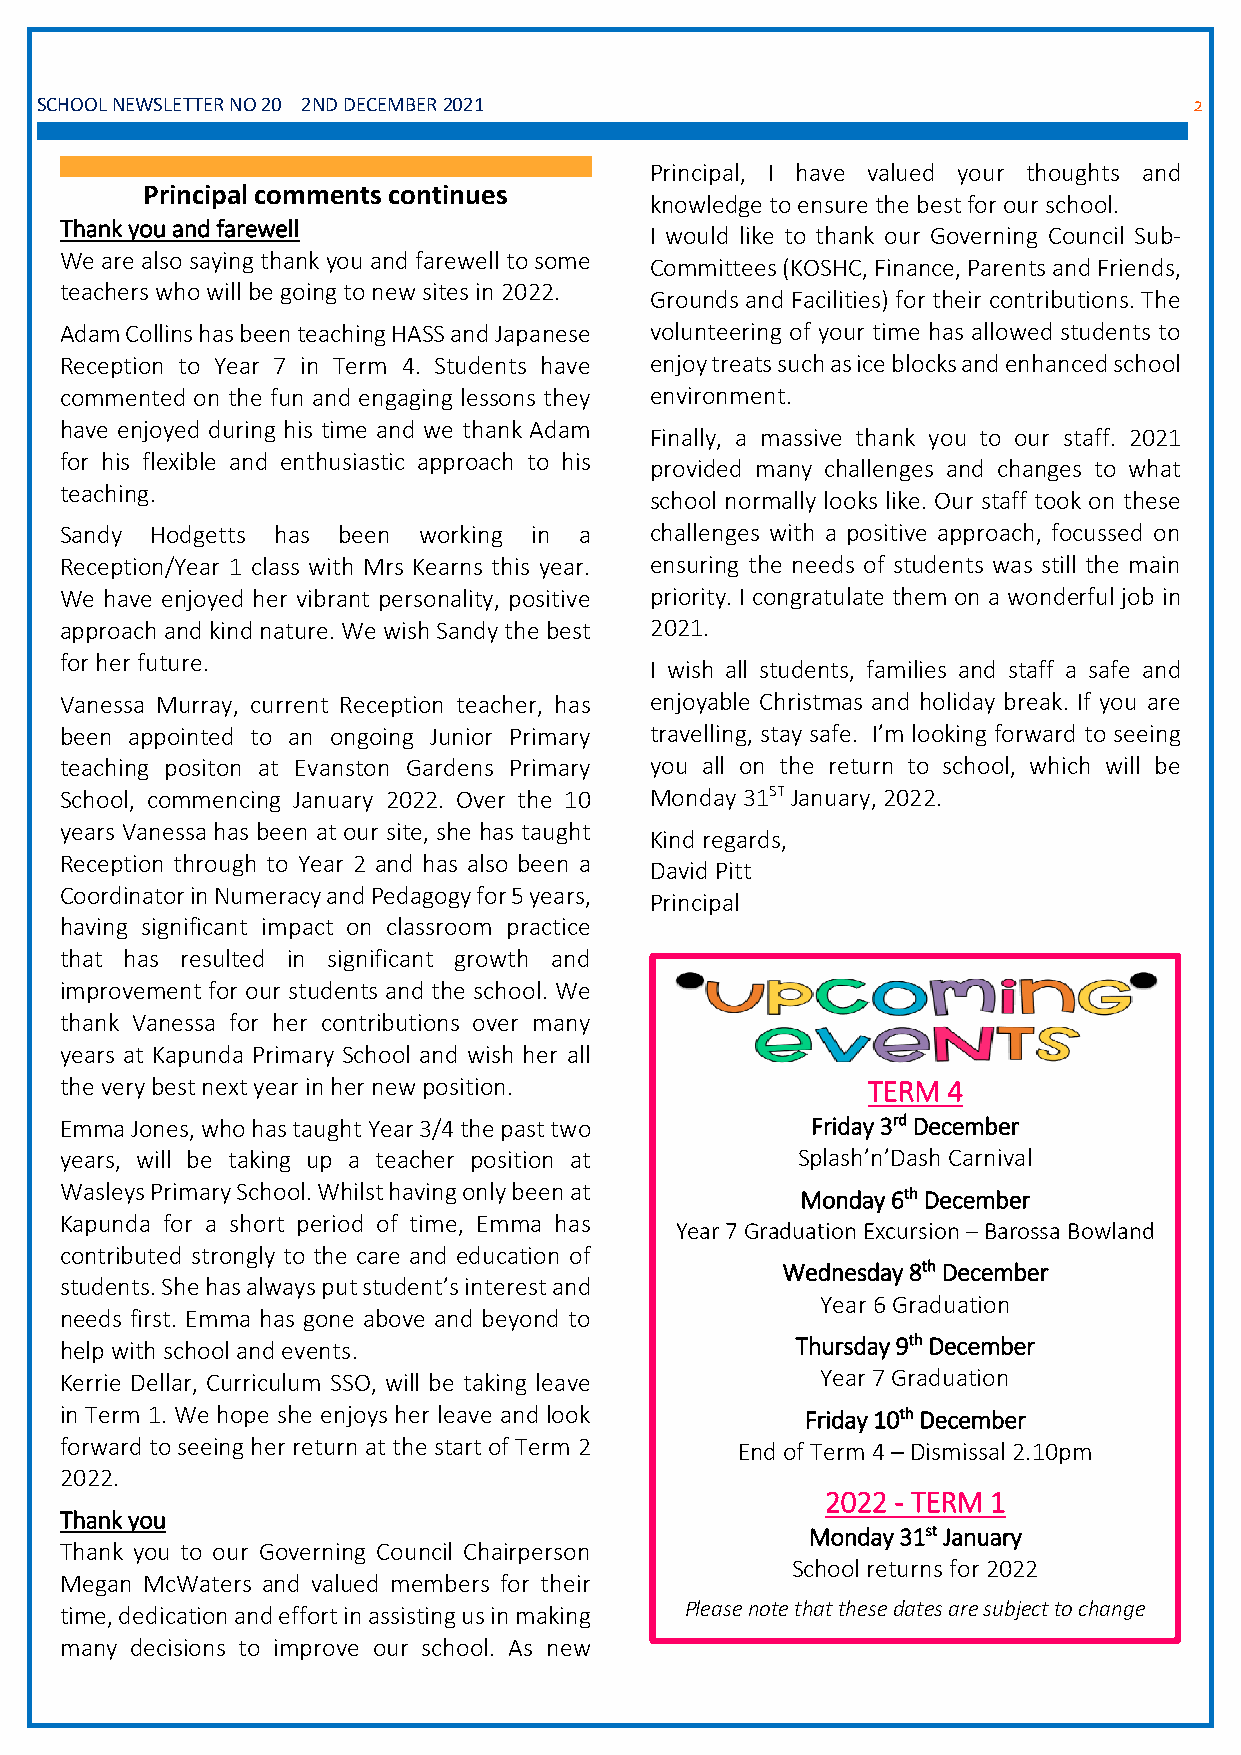
SCHOOL NEWSLETTER NO 20 2ND DECEMBER 2021 Issu                               2
 Principal, I have valued your thoughts and
 Principal comments continues
 knowledge to ensure the best for our school.
 Thank you and farewell
 I would like to thank our Governing Council Sub-
 We are also saying thank you and farewell to some
 Committees (KOSHC, Finance, Parents and Friends,
 teachers who will be going to new sites in 2022.
 Grounds and Facilities) for their contributions. The
 Adam Collins has been teaching HASS and Japanese volunteering of your time has allowed students to
 Reception to Year 7 in Term 4. Students have enjoy treats such as ice blocks and enhanced school
 commented on the fun and engaging lessons they environment.
 have enjoyed during his time and we thank Adam
 Finally, a massive thank you to our staff. 2021
 for his flexible and enthusiastic approach to his
 provided many challenges and changes to what
 teaching.
 school normally looks like. Our staff took on these
 Sandy Hodgetts has been working in a   challenges with a positive approach, focussed on
 Reception/Year 1 class with Mrs Kearns this year. ensuring the needs of students was still the main
 We have enjoyed her vibrant personality, positive priority. I congratulate them on a wonderful job in
 approach and kind nature. We wish Sandy the best 2021.
 for her future.
 I wish all students, families and staff a safe and
 Vanessa Murray, current Reception teacher, has enjoyable Christmas and holiday break. If you are
 been appointed to an ongoing Junior Primary travelling, stay safe. I’m looking forward to seeing
 teaching positon at Evanston Gardens Primary you all on the return to school, which will be
 School, commencing January 2022. Over the 10 Monday 31ST January, 2022.
 years Vanessa has been at our site, she has taught
 Kind regards,
 Reception through to Year 2 and has also been a
 David Pitt
 Coordinator in Numeracy and Pedagogy for 5 years,
 Principal
 having significant impact on classroom practice
 that has resulted in significant growth and
 improvement for our students and the school. We
 thank Vanessa for her contributions over many
 years at Kapunda Primary School and wish her all
 the very best next year in her new position.         TERM  4
 Emma Jones, who has taught Year 3/4 the past two  Friday 3rd December
 years, will be taking up a teacher position at   Splash’n’Dash Carnival
 Wasleys Primary School. Whilst having only been at Monday 6th December
 Kapunda for a short period of time, Emma has
 Year 7 Graduation Excursion – Barossa Bowland
 contributed strongly to the care and education of
 Wednesday 8th December
 students. She has always put student’s interest and
 Year 6 Graduation
 needs first. Emma has gone above and beyond to
 help with school and events.                     Thursday 9th December
 Kerrie Dellar, Curriculum SSO, will be taking leave Year 7 Graduation
 in Term 1. We hope she enjoys her leave and look Friday 10th December
 forward to seeing her return at the start of Term 2 End of Term 4 – Dismissal 2.10pm
 2022.
 2022 - TERM 1
 Thank you
 Monday 31st January
 Thank you to our Governing Council Chairperson
 School returns for 2022
 Megan McWaters and valued members for their
 time, dedication and effort in assisting us in making Please note that these dates are subject to change
 many decisions to improve our school. As new